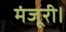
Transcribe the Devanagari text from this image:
मंजूरी।